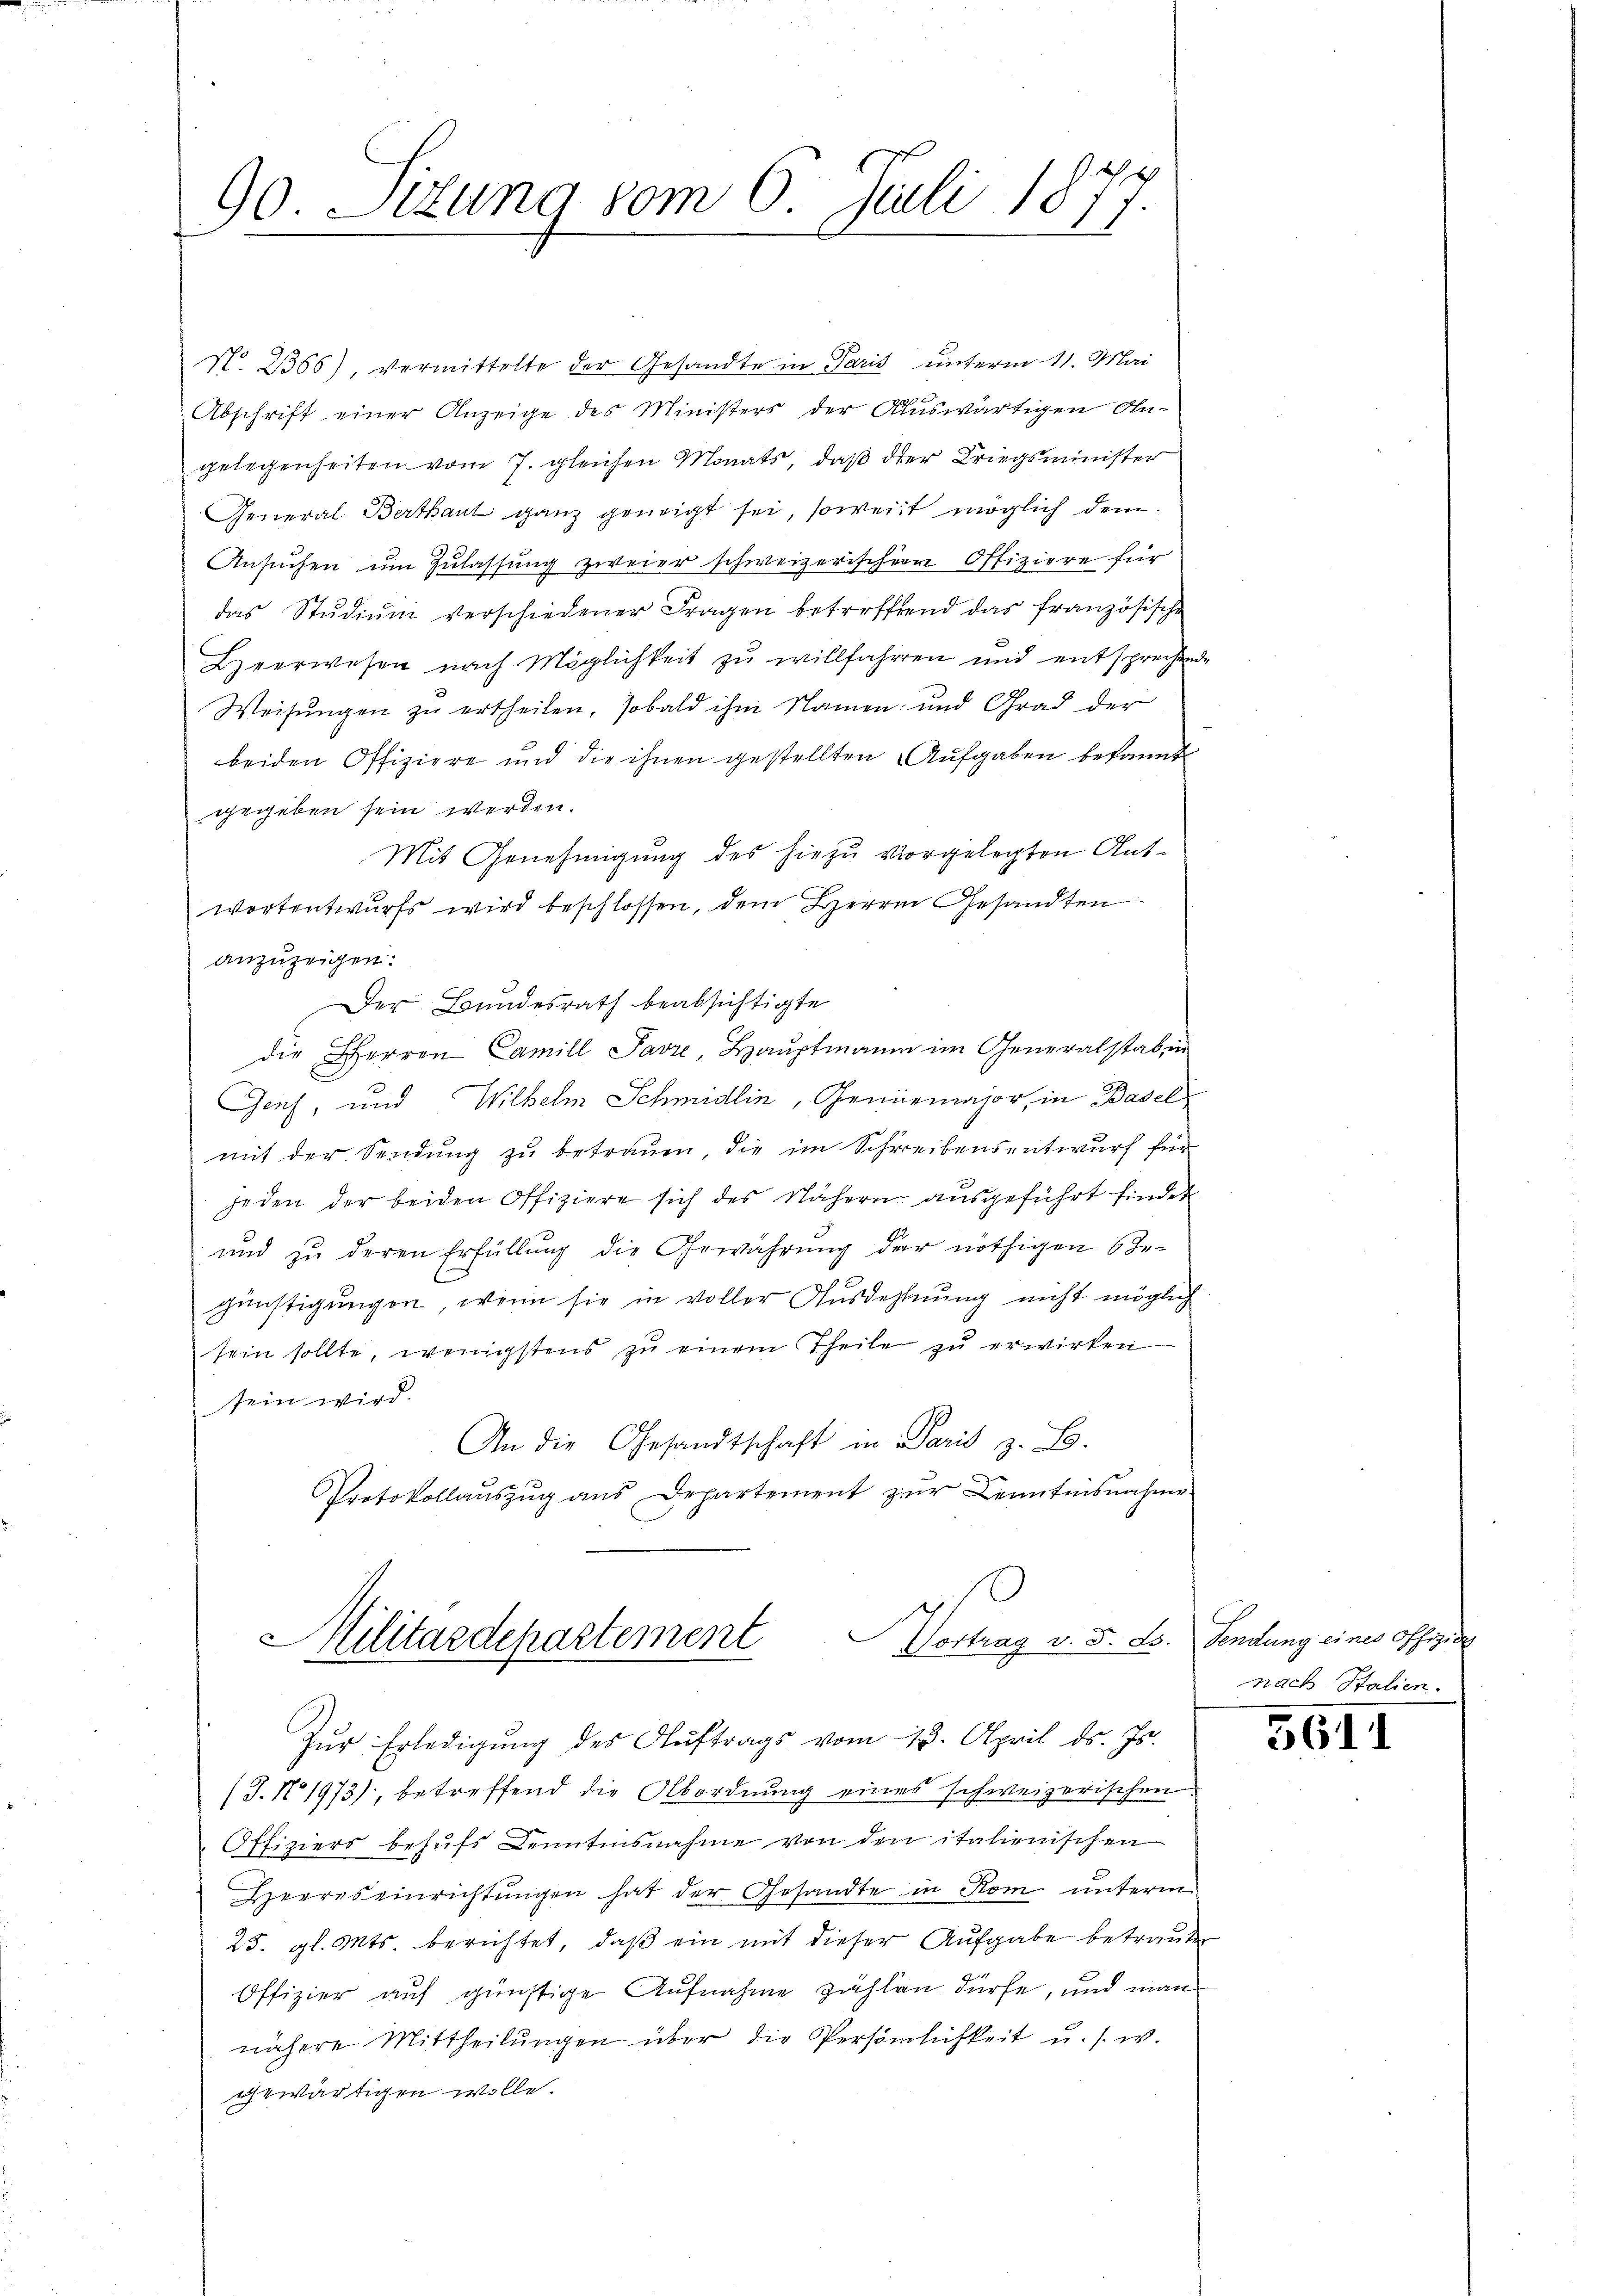
90 Situng vom 6. Juli 1877.
.
e

N. 2356), vermittelte der Gesandte in Paris unterm 11. Mai
Abschrift einer Anzeige des Ministers der Auswärtigen An-
gelegenheiten vom 7. gleichen Monats, daß der Kriegsminister
General Bertant ganz geneigt sei, soweit möglich dem
Ansŭchen ŭm Zŭlassŭng zweier schweizerischer Offiziere für
das Stŭdiŭm verschiedener Fragen betreffend das französische
Hverwesen nach Möglichkeit zu willfahren und entsprechen
Weisungen zu ertheilen, sobald ihm Namen und Grad der
beiden Offiziere und die ihnen gestellten Aufgaben bekannt
gegeben sein werden.
Mit Genehmigung des hiezu vorgelegten Antwortentwurfs wird beschlossen, dem Herrn Gesandten
anzuzeigen.
Der Bundesrath beabsichtigte
die HHerren Camill Favre, Hauptmann im Generalstab, ein
Genf, und Wilhelm Schmidlin, Geniemajor, in Basel
mit der Sendung zu betrauen, die im Schreibensentwurf für
jeden der beiden Offiziere sich des Nähern ausgeführt findet
und zu deren Erfüllung die Gewährung der nöthigen 6 Ge-
günstigungen, wenn sie in voller Ausdehnung nicht möglich
sein sollte, wenigstens zu einem Theile zu erwirken
sein wird.
An die Gesandtschaft in Paris z. B.
Protokollaŭszŭg ans Departement zŭr Kenntnisnahme

Militärdepartement Vertrag v. 3. B. Sendung einer offe, de

Zŭr Erledigŭng des Aŭftrags vom 13. April ds. Js.
(J. No. 1973), betreffend die Abordnung eines schweizerischen
Offiziers behufs Denntensnahme von den italienischen
Heeres einrichtungen hat der Gesandte in Rom unterm
25. gl. Mts. berichtet, daβ ein mit dieser Aufgabe betrauten
Offizier auf günstige Aufnahme zählen dürfe, und man
nähere Mittheilŭngen über die Persönlichkeit u. s. w.
gewärtigen wolle.

nach Stalien.

3611